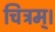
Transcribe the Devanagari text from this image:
चित्रम्।